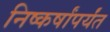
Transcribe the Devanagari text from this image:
निष्कर्षांपर्यंत